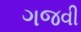
ગજવી